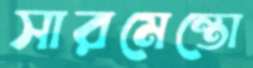
সারমেন্তো